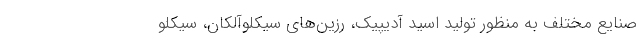
صنایع مختلف به منظور تولید اسید آدیپیک، رزین‌های سیکلوآلکان، سیکلو